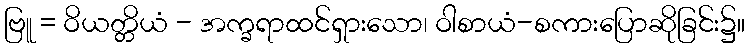
ဗြူ = ဝိယတ္တိယံ - အက္ခရာထင်ရှားသော၊ ဝါစာယံ-စကားပြောဆိုခြင်း၌။